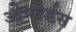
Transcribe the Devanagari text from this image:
ओण्वेर्डस